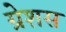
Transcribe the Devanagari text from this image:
ग्रेशस